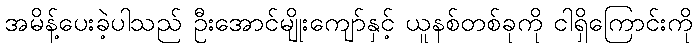
အမိန့်ပေးခဲ့ပါသည် ဦးအောင်မျိုးကျော်နှင့် ယူနစ်တစ်ခုကို ငါရှိကြောင်းကို